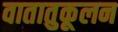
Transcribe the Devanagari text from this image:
वातातुकूलन